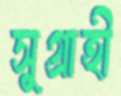
সুগ্রাহী